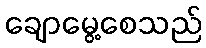
ချောမွေ့စေသည်